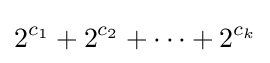
2^{c_{1}}+2^{c_{2}}+\cdots +2^{c_{k}}